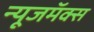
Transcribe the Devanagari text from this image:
न्यूजमॅक्स